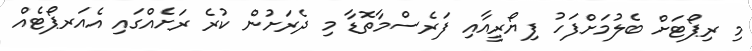
މި ރިޕޯޓަށް ބެލުމަށްފަހު ފިޔޯރީއާއި ފަރެސްމާތޮޑާ މި ދެރަށުން ކުރެ ރަށެއްގައި އެއަރޕޯޓެއް